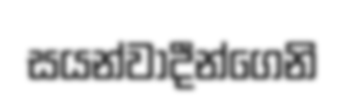
සයන්වාදීන්ගෙනි